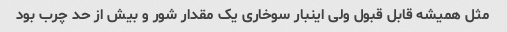
مثل همیشه قابل قبول ولی اینبار سوخاری یک مقدار شور و بیش از حد چرب بود